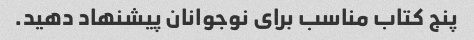
پنج کتاب مناسب برای نوجوانان پیشنهاد دهید.